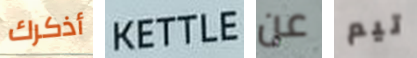
أذكرك KETTLE عن تيم